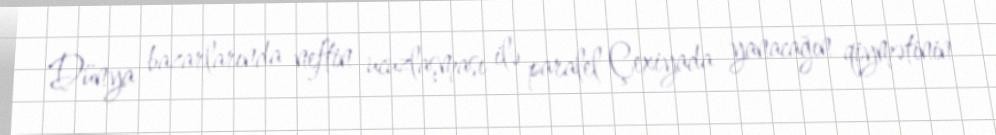
Dünya bazarlarında neftin ucuzlaşması ilə paralel Çexiyada yanacağın qiymətinin